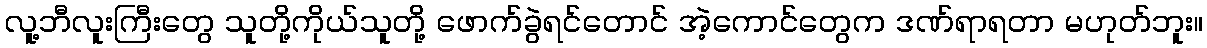
လူ့ဘီလူးကြီးတွေ သူတို့ကိုယ်သူတို့ ဖောက်ခွဲရင်တောင် အဲ့ကောင်တွေက ဒဏ်ရာရတာ မဟုတ်ဘူး။